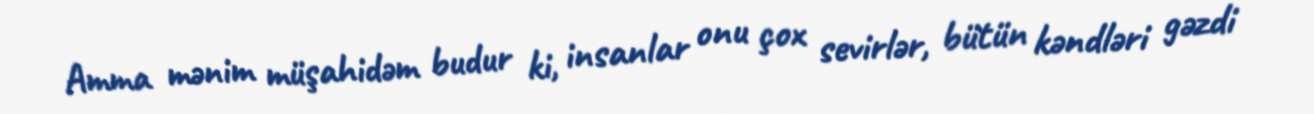
Amma mənim müşahidəm budur ki, insanlar onu çox sevirlər, bütün kəndləri gəzdi